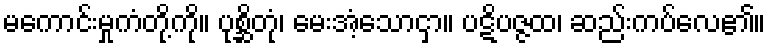
မကောင်းမှုကံတို့ကို။ ပုစ္ဆိတုံ၊ မေးအံ့သောငှာ။ ပဋိပဇ္ဇထ၊ ဆည်းကပ်လေ၏။